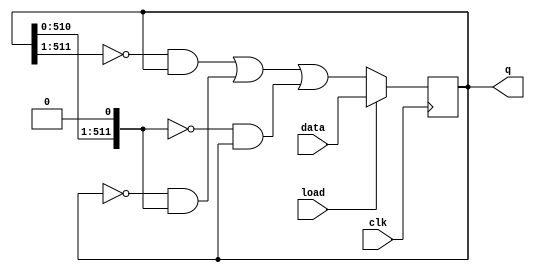
module top_module(
    input clk,
    input load,
    input [511:0] data,
    output reg [511:0] q
); 

// right shift is the left of center
// left shift is the right of center
// reg [511:0] left_shift;
// reg [511:0] right_shift;

always @(posedge clk)
begin
    if(load)
        q <= data;
    else
    begin
        // right_shift <= {1'b0, q[511:1]};        // left of center
        // left_shift <= {q[510:0], 1'b0};         // right of center   

        q <= ((~{1'b0, q[511:1]}) & q)|(~q & {q[510:0], 1'b0})|((~{q[510:0], 1'b0}) & q);
    end

end

endmodule